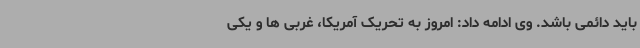
باید دائمی باشد. وی ادامه داد: امروز به تحریک آمریکا، غربی ها و یکی